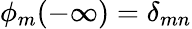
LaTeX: \phi_{m}(-\infty)=\delta_{mn}